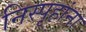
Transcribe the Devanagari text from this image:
निस्पृहांना